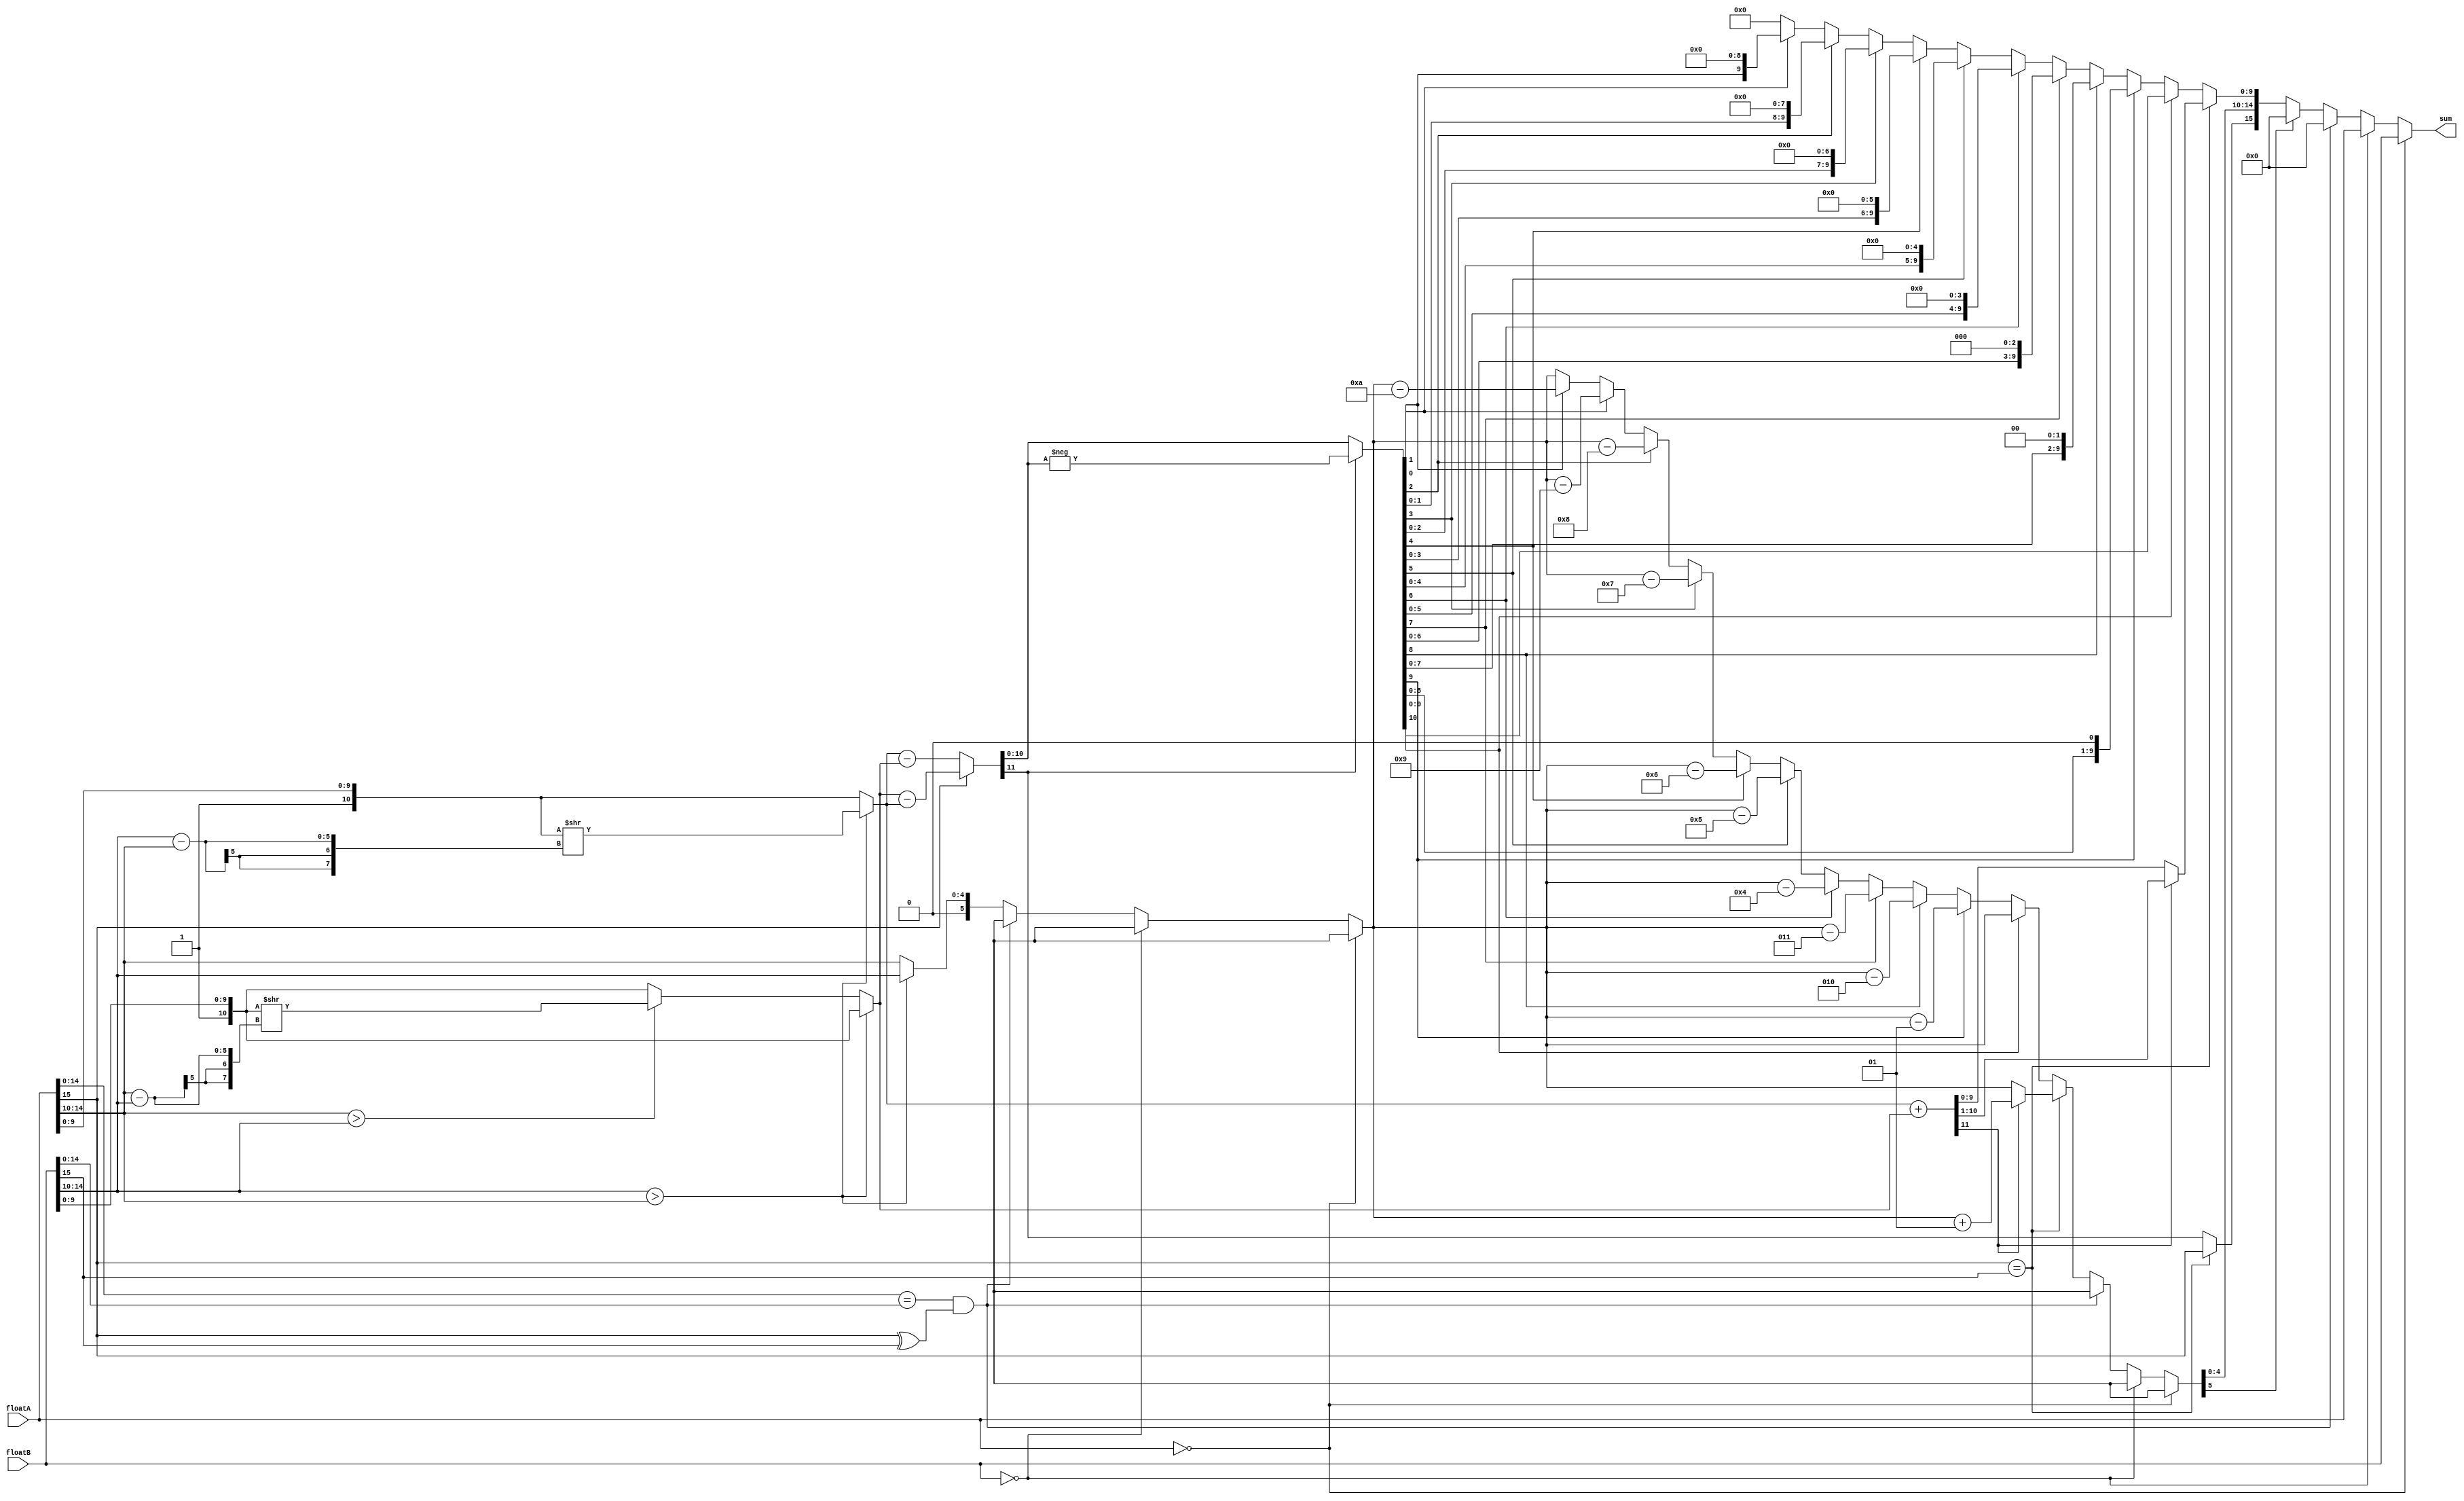
`timescale 100 ns / 10 ps

module floatAdd16 (floatA,floatB,sum);
	
input [15:0] floatA, floatB;
output reg [15:0] sum;

reg sign;
reg signed [5:0] exponent; //fifth bit is sign
reg [9:0] mantissa;
reg [4:0] exponentA, exponentB;
reg [10:0] fractionA, fractionB, fraction;	//fraction = {1,mantissa}
reg [7:0] shiftAmount;
reg cout;

always @ (floatA or floatB) begin
	exponentA = floatA[14:10];
	exponentB = floatB[14:10];
	fractionA = {1'b1,floatA[9:0]};
	fractionB = {1'b1,floatB[9:0]}; 
	
	exponent = exponentA;

	if (floatA == 0) begin						//special case (floatA = 0)
		sum = floatB;
	end else if (floatB == 0) begin					//special case (floatB = 0)
		sum = floatA;
	end else if (floatA[14:0] == floatB[14:0] && floatA[15]^floatB[15]==1'b1) begin
		sum=0;
	end else begin
		if (exponentB > exponentA) begin
			shiftAmount = exponentB - exponentA;
			fractionA = fractionA >> (shiftAmount);
			exponent = exponentB;
		end else if (exponentA > exponentB) begin 
			shiftAmount = exponentA - exponentB;
			fractionB = fractionB >> (shiftAmount);
			exponent = exponentA;
		end
		if (floatA[15] == floatB[15]) begin			//same sign
			{cout,fraction} = fractionA + fractionB;
			if (cout == 1'b1) begin
				{cout,fraction} = {cout,fraction} >> 1;
				exponent = exponent + 1;
			end
			sign = floatA[15];
		end else begin						//different signs
			if (floatA[15] == 1'b1) begin
				{cout,fraction} = fractionB - fractionA;
			end else begin
				{cout,fraction} = fractionA - fractionB;
			end
			sign = cout;
			if (cout == 1'b1) begin
				fraction = -fraction;
			end else begin
			end
			if (fraction [10] == 0) begin
				if (fraction[9] == 1'b1) begin
					fraction = fraction << 1;
					exponent = exponent - 1;
				end else if (fraction[8] == 1'b1) begin
					fraction = fraction << 2;
					exponent = exponent - 2;
				end else if (fraction[7] == 1'b1) begin
					fraction = fraction << 3;
					exponent = exponent - 3;
				end else if (fraction[6] == 1'b1) begin
					fraction = fraction << 4;
					exponent = exponent - 4;
				end else if (fraction[5] == 1'b1) begin
					fraction = fraction << 5;
					exponent = exponent - 5;
				end else if (fraction[4] == 1'b1) begin
					fraction = fraction << 6;
					exponent = exponent - 6;
				end else if (fraction[3] == 1'b1) begin
					fraction = fraction << 7;
					exponent = exponent - 7;
				end else if (fraction[2] == 1'b1) begin
					fraction = fraction << 8;
					exponent = exponent - 8;
				end else if (fraction[1] == 1'b1) begin
					fraction = fraction << 9;
					exponent = exponent - 9;
				end else if (fraction[0] == 1'b1) begin
					fraction = fraction << 10;
					exponent = exponent - 10;
				end 
			end
		end
		mantissa = fraction[9:0];
		if(exponent[5]==1'b1) begin //exponent is negative
			sum = 16'b0000000000000000;
		end
		else begin
			sum = {sign,exponent[4:0],mantissa};
		end		
	end		
end

endmodule